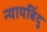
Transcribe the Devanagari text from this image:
न्यायबिंदु